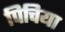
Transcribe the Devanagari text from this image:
पिचिया